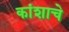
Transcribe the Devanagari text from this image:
कांशाचे